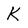
Character: K